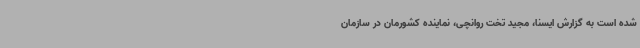
شده است به گزارش ایسنا، مجید تخت روانچی، نماینده کشورمان در سازمان